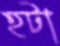
হটা